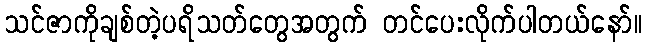
သင်ဇာကိုချစ်တဲ့ပရိသတ်တွေအတွက် တင်ပေးလိုက်ပါတယ်နော်။